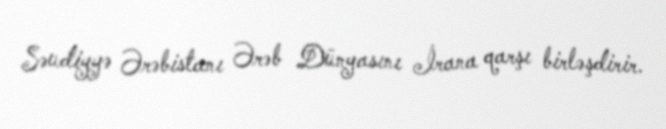
Səudiyyə Ərəbistanı Ərəb Dünyasını İrana qarşı birləşdirir.